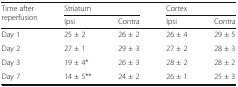
<table><thead><tr><td rowspan="2"><b>Time after reperfusion</b></td><td colspan="2"><b>Striatum</b></td><td colspan="2"><b>Cortex</b></td></tr><tr><td><b>Ipsi</b></td><td><b>Contra</b></td><td><b>Ipsi</b></td><td><b>Contra</b></td></tr></thead><tbody><tr><td>Day 1</td><td>25 ± 2</td><td>26 ± 2</td><td>26 ± 4</td><td>29 ± 5</td></tr><tr><td>Day 2</td><td>27 ± 1</td><td>29 ± 3</td><td>27 ± 2</td><td>28 ± 3</td></tr><tr><td>Day 3</td><td>19 ± 4*</td><td>26 ± 3</td><td>28 ± 2</td><td>28 ± 2</td></tr><tr><td>Day 7</td><td>14 ± 5**</td><td>24 ± 2</td><td>26 ± 1</td><td>25 ± 3</td></tr></tbody></table>